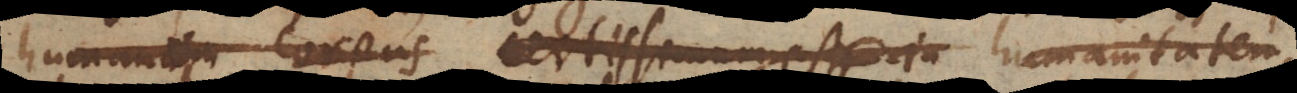
humanum corpus certissimum esse in humanitatem,